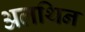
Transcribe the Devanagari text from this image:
अलथिन